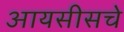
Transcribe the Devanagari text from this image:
आयसीसचे